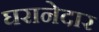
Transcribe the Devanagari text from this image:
घरानेदार